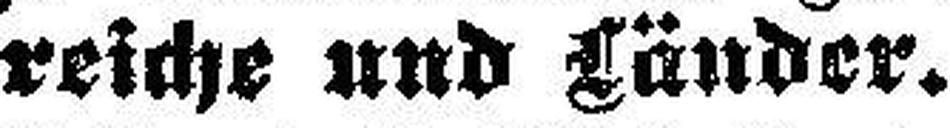
reiche und Länder.